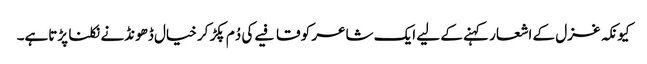
کیونکہ غزل کے اشعار کہنے کے لیے ایک شاعر کو قافیے کی دُم پکڑ کر خیال ڈھونڈنے نکلنا پڑتاہے۔